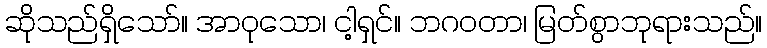
ဆိုသည်ရှိသော်။ အာဝုသော၊ ငါ့ရှင်။ ဘဂဝတာ၊ မြတ်စွာဘုရားသည်။